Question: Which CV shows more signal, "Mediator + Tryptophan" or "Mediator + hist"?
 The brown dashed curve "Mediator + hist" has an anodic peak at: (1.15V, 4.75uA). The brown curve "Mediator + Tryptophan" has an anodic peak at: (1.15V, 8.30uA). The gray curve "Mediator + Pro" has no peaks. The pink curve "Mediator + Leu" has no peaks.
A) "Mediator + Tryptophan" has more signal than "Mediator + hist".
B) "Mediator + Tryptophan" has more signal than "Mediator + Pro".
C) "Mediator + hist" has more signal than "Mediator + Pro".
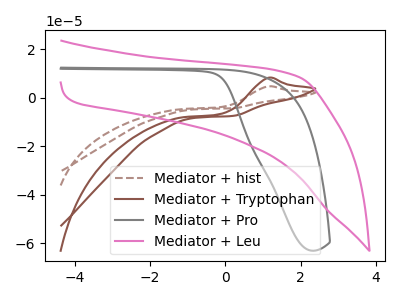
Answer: <think>All the peaks in "Mediator + Tryptophan" have a peak in "Mediator + hist" at the same potential. Every peak in "Mediator + Tryptophan" is higher than every peak in "Mediator + hist".
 </think>
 <answer>A) "Mediator + Tryptophan" has more signal than "Mediator + hist".</answer>
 <eval>A</eval>